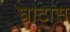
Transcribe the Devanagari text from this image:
घाटास